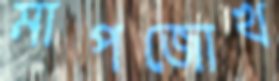
মাপজোখ